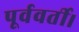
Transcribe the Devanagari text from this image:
पूर्ववर्ती।